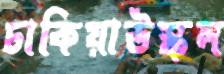
ঢাকিয়াউস্‌কল